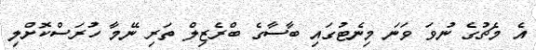
އެ މެޗުގެ ނުވަ ވަނަ މިނެޓުގައި ބާސާގެ ބްރެޒިލް ތަރި ނޭމާ ހުރަސްކޮށްލި